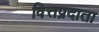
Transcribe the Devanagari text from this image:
वित्तप्रदाता